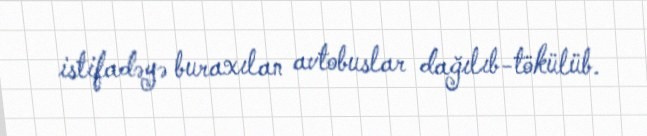
istifadəyə buraxılan avtobuslar dağılıb-tökülüb.